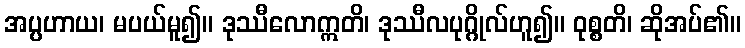
အပ္ပဟာယ၊ မပယ်မူ၍။ ဒုဿီလောဣတိ၊ ဒုဿီလပုဂ္ဂိုလ်ဟူ၍။ ဝုစ္စတိ၊ ဆိုအပ်၏။